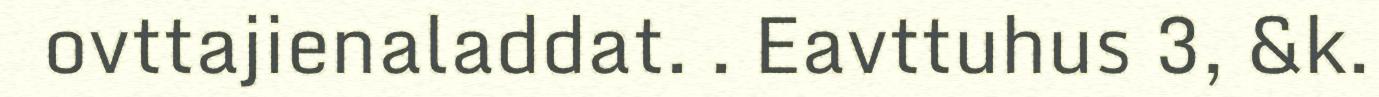
ovttajienaladdat. . Eavttuhus 3, &k.